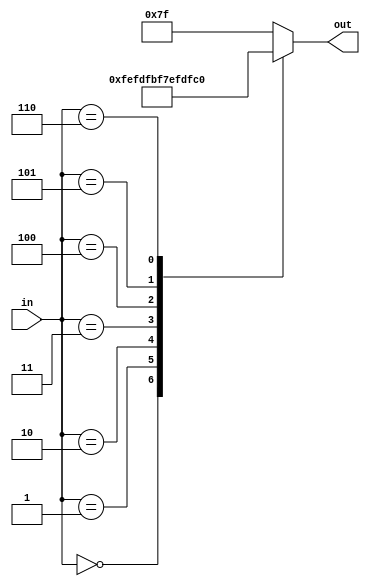
`timescale 1ns / 1ps
//////////////////////////////////////////////////////////////////////////////////
//
// HUST Verilog Experiment 3 - 5 - 1
//
// Pan Yue
//
//////////////////////////////////////////////////////////////////////////////////


module decoder_3to8(in, out);
    input [2:0] in;
    output reg [7:0] out;
    
    always@(in)  
        case(in)  
            3'b000 : out[7:0] = 8'b11111110;
            3'b001 : out[7:0] = 8'b11111101;
            3'b010 : out[7:0] = 8'b11111011;
            3'b011 : out[7:0] = 8'b11110111;
            3'b100 : out[7:0] = 8'b11101111;
            3'b101 : out[7:0] = 8'b11011111;
            3'b110 : out[7:0] = 8'b10111111;
            default : out[7:0] = 8'b01111111;
        endcase
endmodule